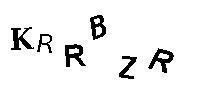
KRRBZR